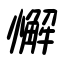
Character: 懈